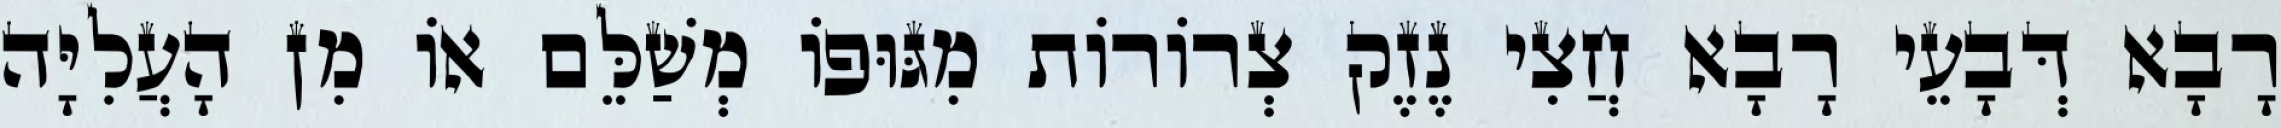
רָבָא דְּבָעֵי רָבָא חֲצִי נֶזֶק צְרוֹרוֹת מִגּוּפוֹ מְשַׁלֵּם אוֹ מִן הָעֲלִיָּה